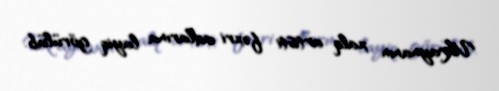
Ukraynanın xalq artisti fəxri adlarına layiq görülüb.